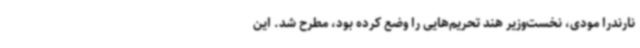
نارندرا مودی، نخست‌وزیر هند تحریم‌هایی را وضع کرده بود، مطرح شد. این